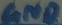
Text: GND